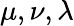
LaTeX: {\mu,\nu,\lambda}